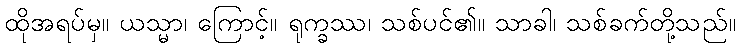
ထိုအရပ်မှ။ ယသ္မာ၊ ကြောင့်။ ရုက္ခဿ၊ သစ်ပင်၏။ သာခါ၊ သစ်ခက်တို့သည်။